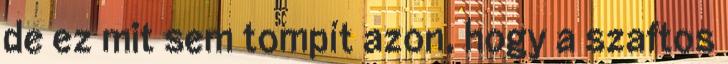
de ez mit sem tompít azon, hogy a szaftos